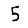
Digit: 5